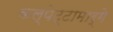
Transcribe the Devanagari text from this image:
कल्पेट्टामार्गे